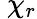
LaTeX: \ \chi_{r}